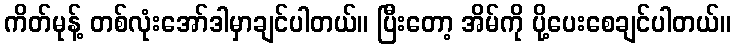
ကိတ်မုန့် တစ်လုံးအော်ဒါမှာချင်ပါတယ်။ ပြီးတော့ အိမ်ကို ပို့ပေးစေချင်ပါတယ်။